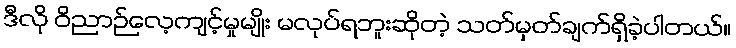
ဒီလို ဝိညာဉ်လေ့ကျင့်မှုမျိုး မလုပ်ရဘူးဆိုတဲ့ သတ်မှတ်ချက်ရှိခဲ့ပါတယ်။